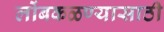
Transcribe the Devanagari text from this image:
लोंबकळण्यासाठी